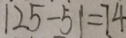
1 2 5 - 5 1 = 7 4